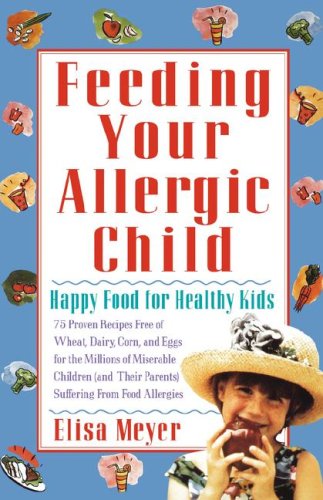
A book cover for Feeding Your Allergic Child: Happy Food for Healthy Kids; Elisa Meyer; Parenting & Relationships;